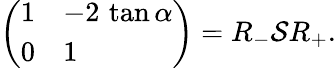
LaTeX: \left(\begin{array}{ll}{{1}}&{{-2\, \tan\alpha}}\\ {{0}}&{{1}}\end{array}\right)=R_{-}\mathcal{S}R_{+}.